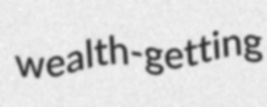
wealth-getting